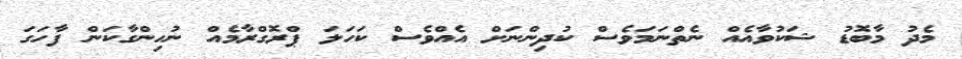
މެދު މާބޮޑު ޝަކުވާއެއް ނެތްނަމަވެސް ކުދިންނަށް އެއްވެސް ކަހަލަ ޕްރޮގްރާމެއް ނުހިންގާކަން ފާހަގަ